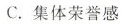
C.集体荣誉感